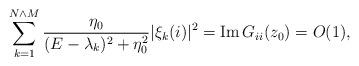
LaTeX: \begin{align*}\sum_{k=1}^{N \wedge M} \frac{ \eta_0}{(E-\lambda_k)^2+\eta_0^2} \vert \xi_{k}(i) \vert^2= \operatorname{Im} G_{ii}(z_0) = O(1),\end{align*}